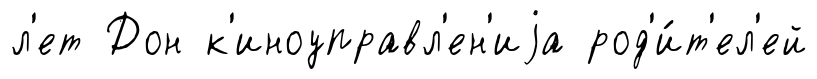
л'ет Дон к'иноуправл'ен'иjа род'и́т'ел'ей